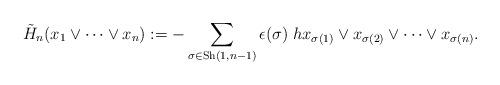
LaTeX: \begin{align*}\tilde{H}_n(x_1\vee\cdots\vee x_n):=-\sum_{\sigma\in \mathrm{Sh}(1,n-1)}\epsilon(\sigma) \;hx_{\sigma(1)}\vee x_{\sigma(2)}\vee\cdots\vee x_{\sigma(n)}.\end{align*}